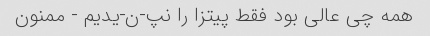
همه چی عالی بود فقط پیتزا را نپ-ن-یدیم - ممنون